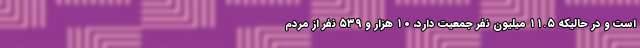
است و در حالیکه ۱۱.۵ میلیون نفر جمعیت دارد، ۱۰ هزار و ۵۳۹ نفر از مردم